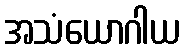
အသံယောဂါယ